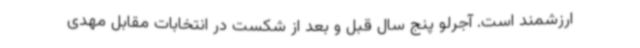
ارزشمند است. آجرلو پنج سال قبل و بعد از شکست در انتخابات مقابل مهدی